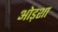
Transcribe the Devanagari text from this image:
ओड़शा